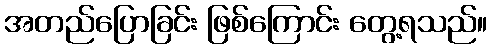
အတည်ပြောခြင်း ဖြစ်ကြောင်း တွေ့ရသည်။